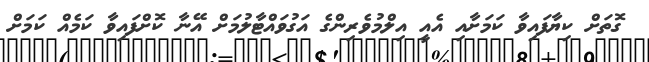
ގޮތަށް ކިޔާފައިވާ ކަމަށާއި އެއީ އިލްމުވެރިންގެ އަގުވައްޓާލުމަށް އޭނާ ކޮށްފައިވާ ކަމެއް ކަމަށް